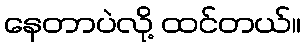
နေတာပဲလို့ ထင်တယ်။